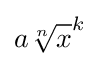
a{\sqrt[{n}]{x}}^{k}